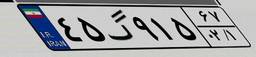
۴۵گ۹۱۵۶۷